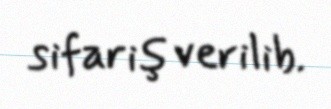
sifariş verilib.